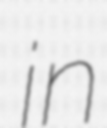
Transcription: in